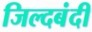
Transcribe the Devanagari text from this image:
जिल्दबंदी